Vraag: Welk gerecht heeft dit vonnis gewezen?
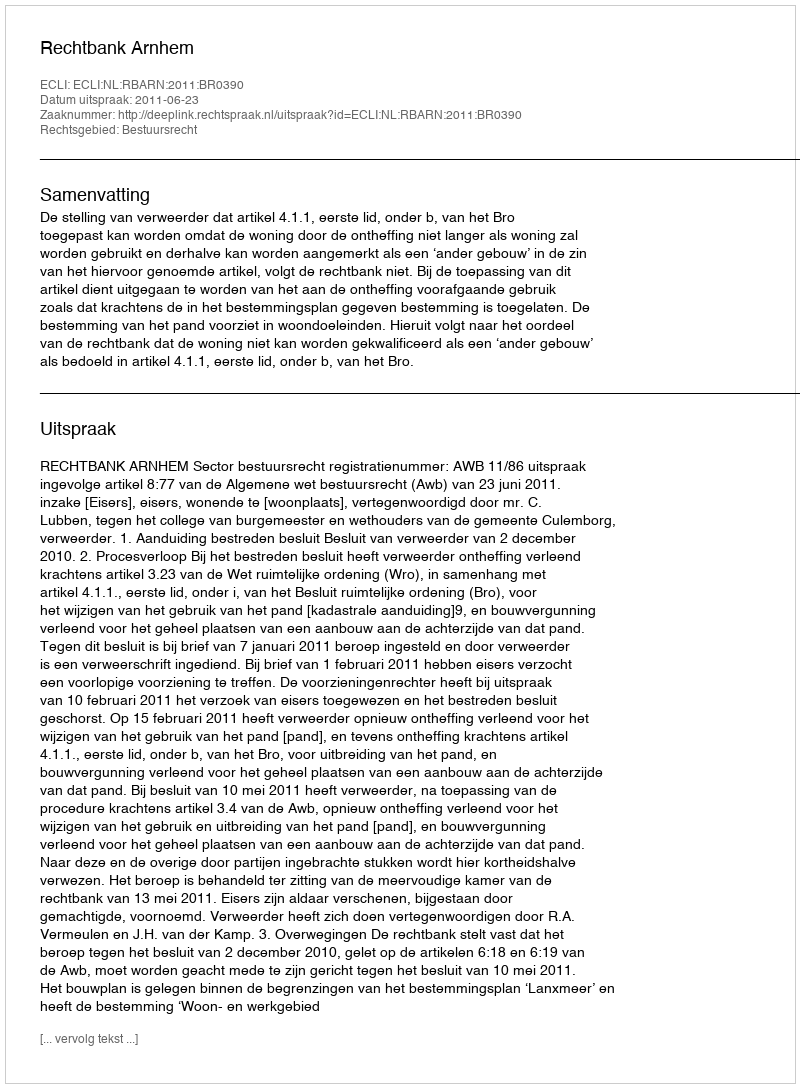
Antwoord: Rechtbank Arnhem